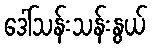
ဒေါ်သန်းသန်းနွယ်